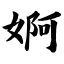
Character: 婀